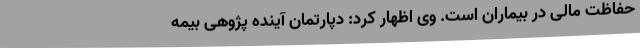
حفاظت مالی در بیماران است. وی اظهار کرد: دپارتمان آینده پژوهی بیمه